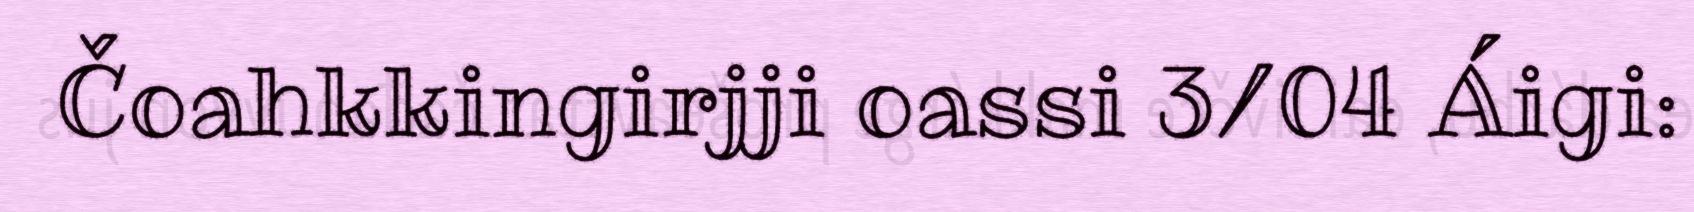
Čoahkkingirjji oassi 3/04 Áigi: